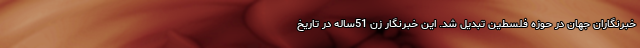
خبرنگاران جهان در حوزه فلسطین تبدیل شد. این خبرنگار زن 51ساله در تاریخ